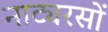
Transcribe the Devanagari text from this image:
नाट्यरसों